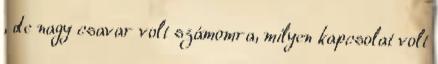
, de nagy csavar volt számomra, milyen kapcsolat volt